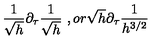
\frac { 1 } { \sqrt { h } } \partial _ { \tau } \frac { 1 } { \sqrt { h } } \ , o r \sqrt { h } \partial _ { \tau } \frac { 1 } { h ^ { 3 / 2 } }